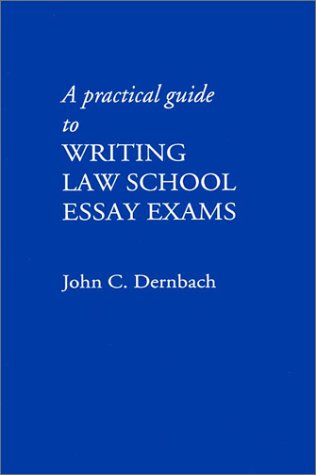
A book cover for A Practical Guide to Writing Law School Essay Exams; John C. Dernbach; Education & Teaching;